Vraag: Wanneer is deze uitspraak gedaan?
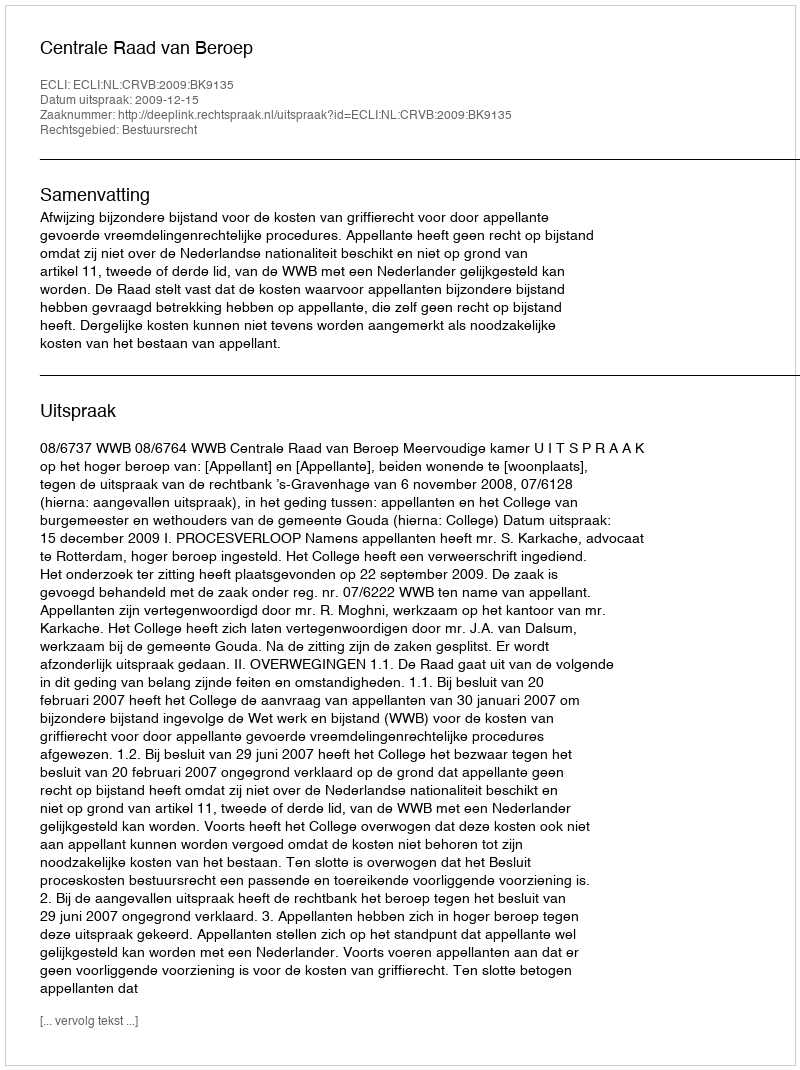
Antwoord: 2009-12-15